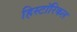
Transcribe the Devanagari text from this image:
हिस्टाॅरिकल